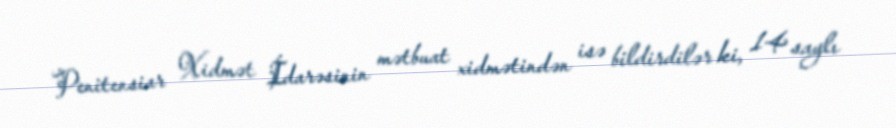
Penitensiar Xidmət İdarəsinin mətbuat xidmətindən isə bildirdilər ki, 14 saylı